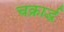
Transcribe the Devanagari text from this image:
चक्रार्द्ध